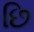
છિ